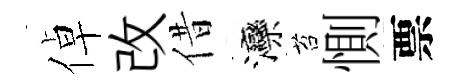
倬改借灤苔惻票